Indian journal of veterinary science and animal husbandry - Volume 2,
Year: 1932
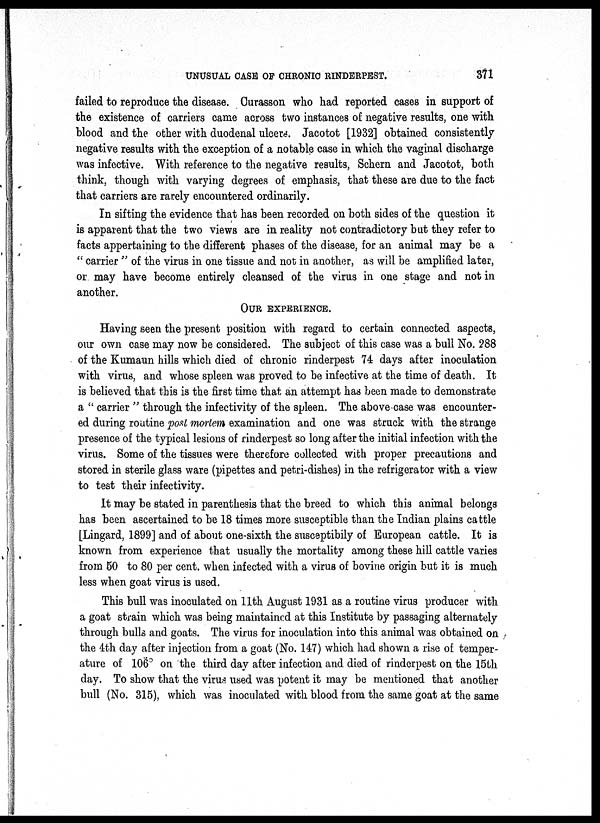
UNUSUAL CASE OF CHRONIC RINDERPEST.
371
failed to reproduce the disease. Curasson who had reported cases in support of
the existence of carriers came across two instances of negative results, one with
blood and the other with duodenal ulcers. Jacotot [1932] obtained consistently
negative results with the exception of a notable case in which the vaginal discharge
was infective. With reference to the negative results, Schern and Jacotot, both
think, though with varying degrees of emphasis, that these are due to the fact
that carriers are rarely encountered ordinarily.
In sifting the evidence that has been recorded on both sides of the question it
is apparent that the two views are in reality not contradictory but they refer to
facts appertaining to the different phases of the disease, for an animal may be a
" carrier " of the virus in one tissue and not in another, as will be amplified later,
or may have become entirely cleansed of the virus in one stage and not in
another.
OUR EXPERIENCE.
Having seen the present position with regard to certain connected aspects,
our own case may now be considered. The subject of this case was a bull No. 288
of the Kumaun hills which died of chronic rinderpest 74 days after inoculation
with virus, and whose spleen was proved to be infective at the time of death. It
is believed that this is the first time that an attempt has been made to demonstrate
a " carrier " through the infectivity of the spleen. The above-case was encounter-
ed during routine post mortem examination and one was struck with the strange
presence of the typical lesions of rinderpest so long after the initial infection with the
virus. Some of the tissues were therefore collected with proper precautions and
stored in sterile glass ware (pipettes and petri-dishes) in the refrigerator with a view
to test their infectivity.
It may be stated in parenthesis that the breed to which this animal belongs
has been ascertained to be 18 times more susceptible than the Indian plains cattle
[Lingard, 1899] and of about one-sixth the susceptibily of European cattle. It is
known from experience that usually the mortality among these hill cattle varies
from 50 to 80 per cent. when infected with a virus of bovine origin but it is much
less when goat virus is used.
This bull was inoculated on 11th August 1931 as a routine virus producer with
a goat strain which was being maintained at this Institute by passaging alternately
through bulls and goats. The virus for inoculation into this animal was obtained on
the 4th day after injection from a goat (No. 147) which had shown a rise of temper-
ature of 106° on the third day after infection and died of rinderpest on the 15th
day. To show that the virus used was potent it may be mentioned that another
bull (No. 315), which was inoculated with blood from the same goat at the same